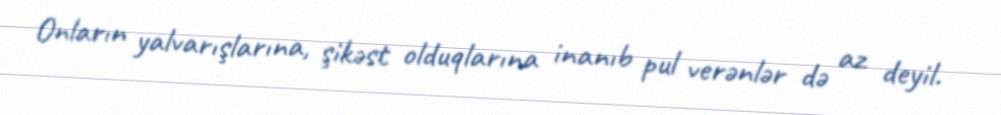
Onların yalvarışlarına, şikəst olduqlarına inanıb pul verənlər də az deyil.